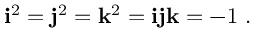
\mathbf { i } ^ { 2 } = \mathbf { j } ^ { 2 } = \mathbf { k } ^ { 2 } = \mathbf { i j k } = - 1 ~ .